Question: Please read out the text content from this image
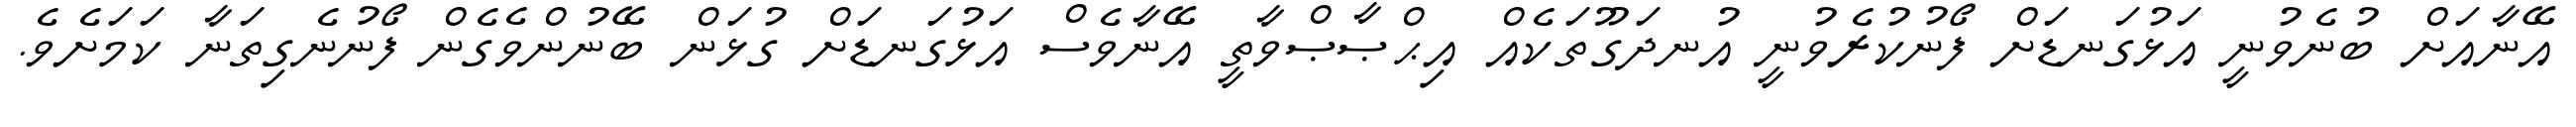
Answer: އޭނާއަށް ބުނެވުނީ އަޅުގަނޑަށް ފޯނުކުރެވުނީ އުނދަގޫތަކެއް އިޙްޞާޞްވާތީ އޭނާވެސް އަޅުގަނޑަށް ގުޅަން ބޭނުންވެގެން ފޯނުނެގިތަނާ ކަމަށެވެ.